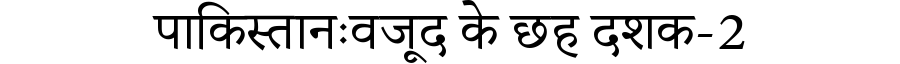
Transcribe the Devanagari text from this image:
पाकिस्तानःवजूद के छह दशक-2